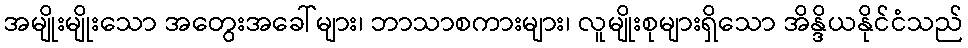
အမျိုးမျိုးသော အတွေးအခေါ်များ၊ ဘာသာစကားများ၊ လူမျိုးစုများရှိသော အိန္ဒိယနိုင်ငံသည်